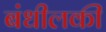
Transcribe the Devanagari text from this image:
बंधीलकी